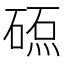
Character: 𥔕